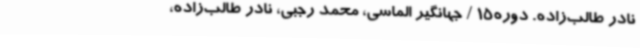
نادر طالب‌زاده. دوره15 / جهانگیر الماسی، محمد رجبی، نادر طالب‌زاده،